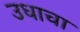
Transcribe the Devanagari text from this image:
उधाचा